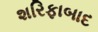
શરિફાબાદ